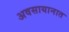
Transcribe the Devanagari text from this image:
अवसायानात